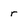
Character: r